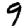
Digit: 9